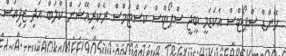
ހޭންޑް ސްޕޯޓްސް އެކަޑަމީ ބީޖީ ސްޕޯޓްސް ކަސްޓަމްސް ރެކްރިއޭޝަން ކްލަބް އަދި ޒިފިއަސް